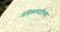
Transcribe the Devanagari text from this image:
लेखिकांसाठीच्या